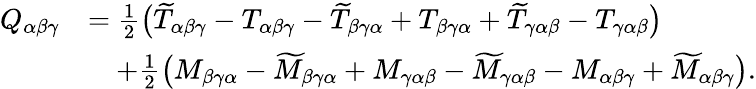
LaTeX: \begin{array}{rl}{Q_{\alpha\beta\gamma}}&{=\frac{1}{2}\big(\widetilde{T}_{\alpha\beta\gamma}-T_{\alpha\beta\gamma}-\widetilde{T}_{\beta\gamma\alpha}+T_{\beta\gamma\alpha}+\widetilde{T}_{\gamma\alpha\beta}-T_{\gamma\alpha\beta}\big)}\\ &{\quad+\frac{1}{2}\big(M_{\beta\gamma\alpha}-\widetilde{M}_{\beta\gamma\alpha}+M_{\gamma\alpha\beta}-\widetilde{M}_{\gamma\alpha\beta}-M_{\alpha\beta\gamma}+\widetilde{M}_{\alpha\beta\gamma}\big).}\end{array}